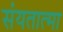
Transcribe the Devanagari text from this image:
संयतात्मा